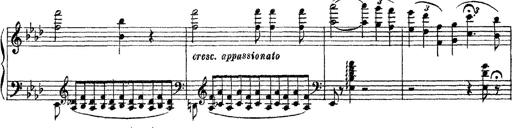
Title: 3 sonetti di Petrarca
Composer: Franz Liszt